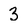
Character: 3